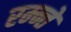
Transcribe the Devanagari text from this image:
रम्न्ते